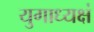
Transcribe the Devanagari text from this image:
युगाध्यक्षं